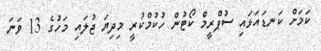
ކަމަށް ކަނޑައަޅައި ސުޕްރީމް ކޯޓުން ހުކުމްކުރީ މިދިޔަ ޖުލައި މަހުގެ 13 ވަނަ